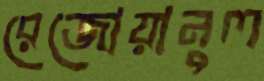
রেজোয়ানুল